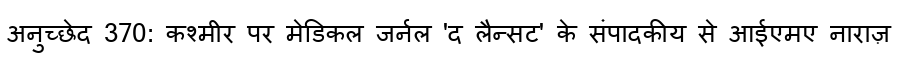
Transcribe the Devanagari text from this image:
अनुच्छेद 370: कश्मीर पर मेडिकल जर्नल 'द लैन्सट' के संपादकीय से आईएमए नाराज़